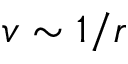
v \sim 1 / r